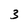
Character: 3